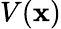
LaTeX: V(\mathbf{x})